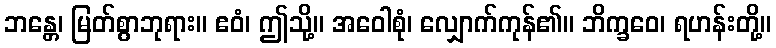
ဘန္တေ၊ မြတ်စွာဘုရား။ ဧဝံ၊ ဤသို့။ အဝေါစုံ၊ လျှောက်ကုန်၏။ ဘိက္ခဝေ၊ ရဟန်းတို့။